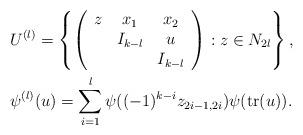
LaTeX: \begin{align*}&U^{(l)}=\left\{\left(\begin{array}{ccc}z&x_1&x_2\\&I_{k-l}&u\\&&I_{k-l}\end{array}\right):z\in N_{2l}\right\},\\&\psi^{(l)}(u)=\sum_{i=1}^{l}\psi((-1)^{k-i}z_{2i-1,2i})\psi(\mathrm{tr}(u)).\end{align*}